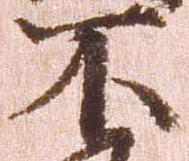
不